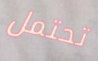
تحتمل